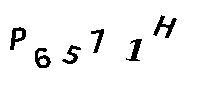
P6572H